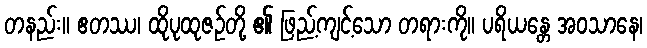
တနည်း။ ဧတဿ၊ ထိုပုထုဇဉ်တို့ ၏ ဖြည့်ကျင့်သော တရားကို။ ပရိယန္တေ အဝသာနေ၊